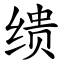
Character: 缋